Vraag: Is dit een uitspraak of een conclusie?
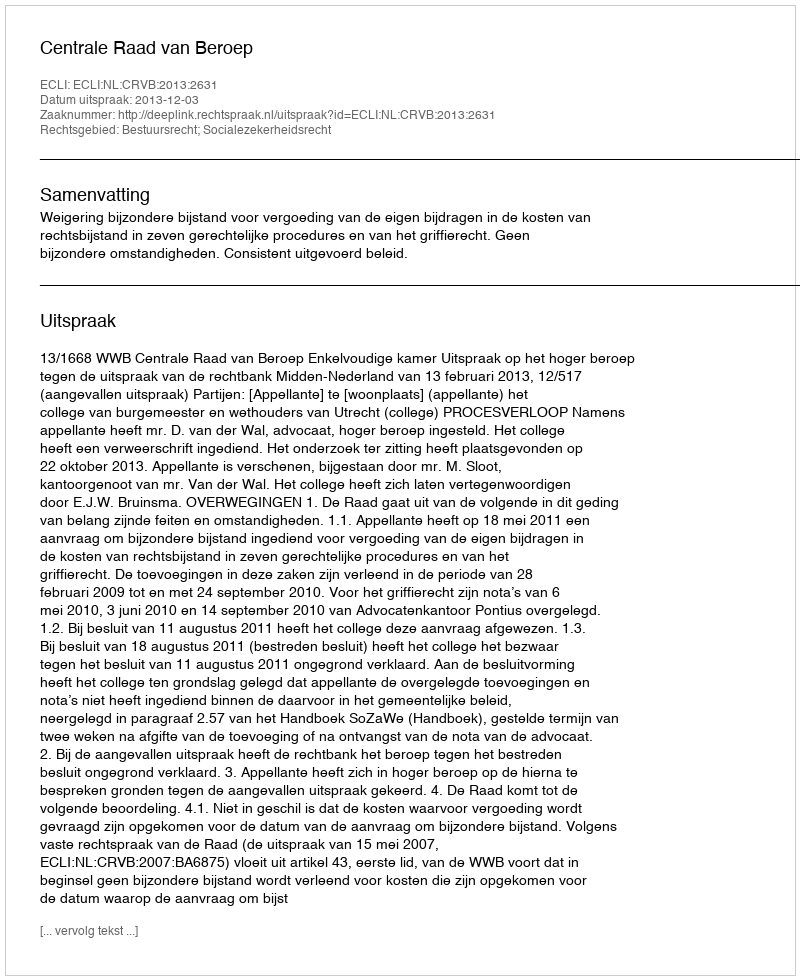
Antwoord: Uitspraak